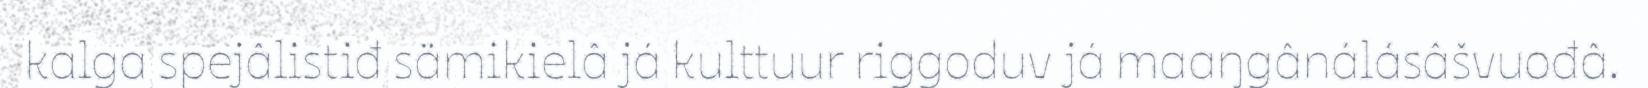
kalga spejâlistiđ sämikielâ já kulttuur riggoduv já maaŋgânálásâšvuođâ.